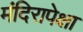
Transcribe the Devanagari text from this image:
मंदिरापेक्षा